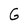
Character: G